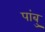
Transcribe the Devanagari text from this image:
पांबु